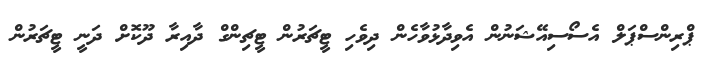
ޕްރިންސްޕަލް އެސޯސިއޭޝަނުން އެވިދާޅުވާހެން ދިވެހި ޓީޗަރުން ޓީޗިންގް ދާއިރާ ދޫކޮށް ދަނީ ޓީޗަރުން